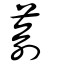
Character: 萮